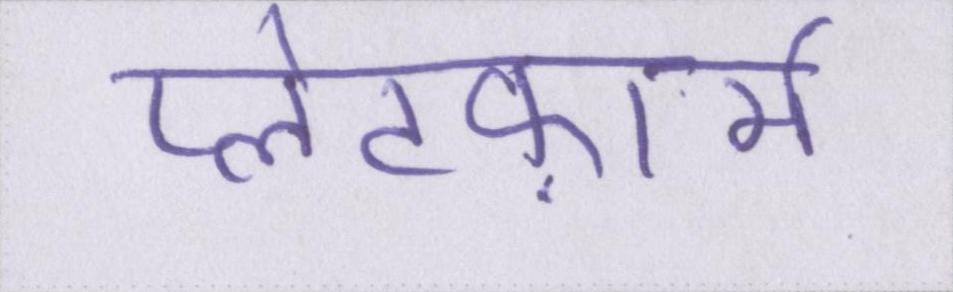
प्लेटफ़ार्म